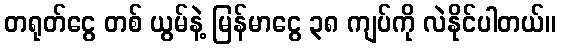
တရုတ်ငွေ တစ် ယွမ်နဲ့ မြန်မာငွေ ၃၈ ကျပ်ကို လဲနိုင်ပါတယ်။